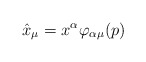
\begin{align*}\hat{x}_\mu=x^\alpha \varphi_{\alpha\mu}(p)\end{align*}